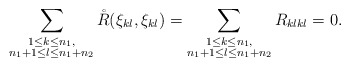
\begin{align*} \sum_{\substack{1\leq k \leq n_1, \\ n_1+1\leq l \leq n_1+n_2}} \mathring{R}(\xi_{kl}, \xi_{kl})=\sum_{\substack{1\leq k \leq n_1, \\ n_1+1\leq l \leq n_1+n_2}} R_{klkl}=0. \end{align*}